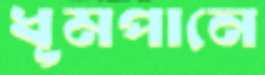
ধূমপানে